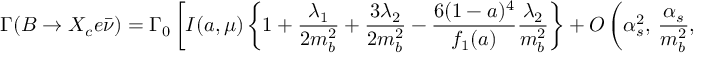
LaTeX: \Gamma ( B \to X _ { c } e \bar { \nu } ) = \Gamma _ { 0 } \left[ I ( a , \mu ) \left\{ 1 + \frac { \lambda _ { 1 } } { 2 m _ { b } ^ { 2 } } + \frac { 3 \lambda _ { 2 } } { 2 m _ { b } ^ { 2 } } - \frac { 6 ( 1 - a ) ^ { 4 } } { f _ { 1 } ( a ) } \frac { \lambda _ { 2 } } { m _ { b } ^ { 2 } } \right\} + { \cal O } \left( \alpha _ { s } ^ { 2 } , \, \frac { \alpha _ { s } } { m _ { b } ^ { 2 } } , \, \frac { 1 } { m _ { b } ^ { 3 } } \right) \right] .